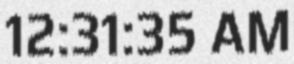
12:31:35 AM